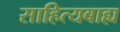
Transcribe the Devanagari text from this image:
साहित्यबाह्य